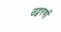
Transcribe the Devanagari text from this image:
उद्वरणों